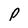
Character: p